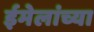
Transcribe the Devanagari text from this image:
ईमेलांच्या